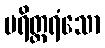
ပရိတ္တရံသော